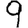
Digit: 9